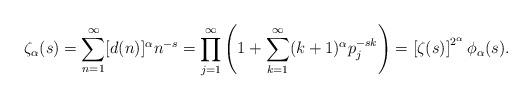
LaTeX: \begin{align*}\zeta_\alpha(s) = \sum_{n=1}^\infty [d(n)]^\alpha n^{-s} = \prod_{j=1}^\infty \left(1 + \sum_{k=1}^\infty (k+1)^\alpha p_j^{-sk} \right) = \left[\zeta(s)\right]^{2^\alpha} \phi_\alpha(s).\end{align*}